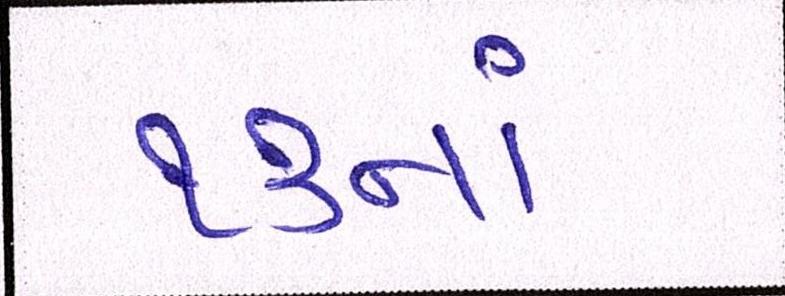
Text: ૧૩નાં